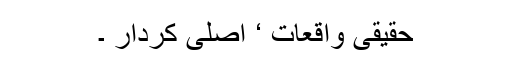
حقیقی واقعات ‘ اصلی کردار ۔